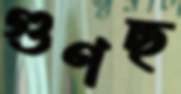
গুণছ